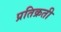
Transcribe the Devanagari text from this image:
प्रतिक्रती